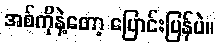
အစ်ကိုနဲ့တော့ ပြောင်းပြန်ပဲ။